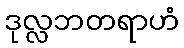
ဒုလ္လဘတရာဟံ